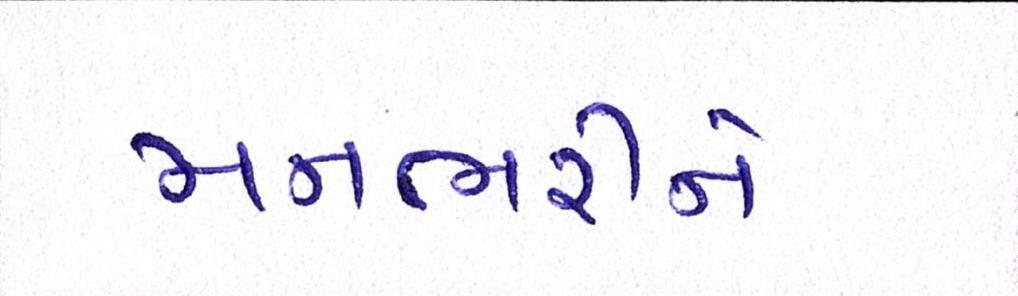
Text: મનભરીને